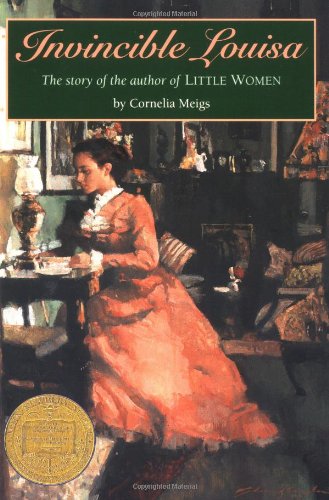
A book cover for Invincible Louisa: The Story of the Author of Little Women; Cornelia Meigs; Children's Books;